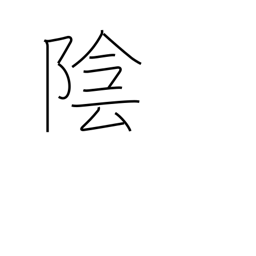
Meaning: negative